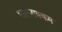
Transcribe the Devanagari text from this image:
पालवाक्कम